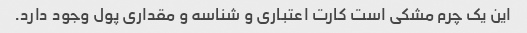
این یک چرم مشکی است کارت اعتباری و شناسه و مقداری پول وجود دارد.